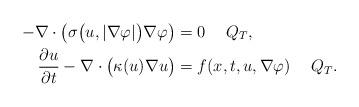
LaTeX: \begin{align*} -\nabla\cdot\big(\sigma\big( u,|\nabla\varphi|\big)\nabla\varphi\big)&=0\quad\;Q_T,\\ \frac{\partial u}{\partial t}-\nabla\cdot\big(\kappa(u)\nabla u\big)&=f(x,t,u,\nabla\varphi)\quad\;Q_T.\end{align*}